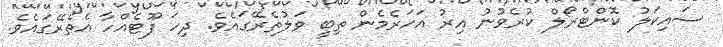
ސައިކަލު ކޮންޓްރޯލް ކުރެވުނު އިރު އަހަރެމެން ތިބީ ވަލުތެރޭގައެވެ. ދިހަ ފޫޓެއްހާ އެތެރޭގައެވެ.